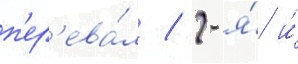
п'ер'ева́л / 2-я́ и́